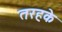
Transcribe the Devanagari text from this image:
तरहके